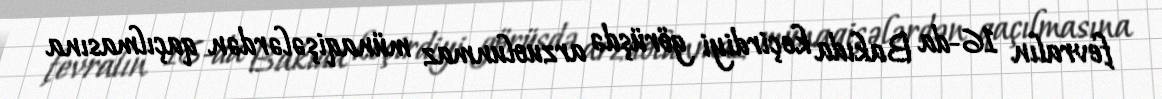
fevralın 16-da Bakıda keçirdiyi görüşdə arzuolunmaz münaqişələrdən qaçılmasına